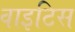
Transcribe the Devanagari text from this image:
वाइटिस